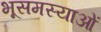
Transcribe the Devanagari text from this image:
भूसमस्याओं